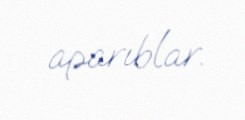
aparıblar.